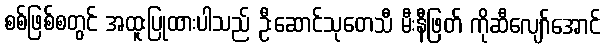
စစ်ဖြစ်စတွင် အထူးပြုထားပါသည် ဦးဆောင်သုတေသီ မီးနီဖြတ် ကိုဆီလျော်အောင်